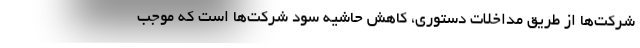
شرکت‌ها از طریق مداخلات دستوری، کاهش حاشیه سود شرکت‌ها است که موجب